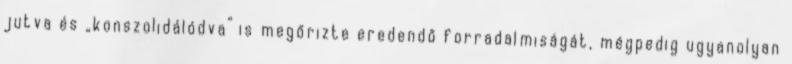
jutva és „konszolidálódva” is megőrizte eredendő forradalmiságát, mégpedig ugyanolyan